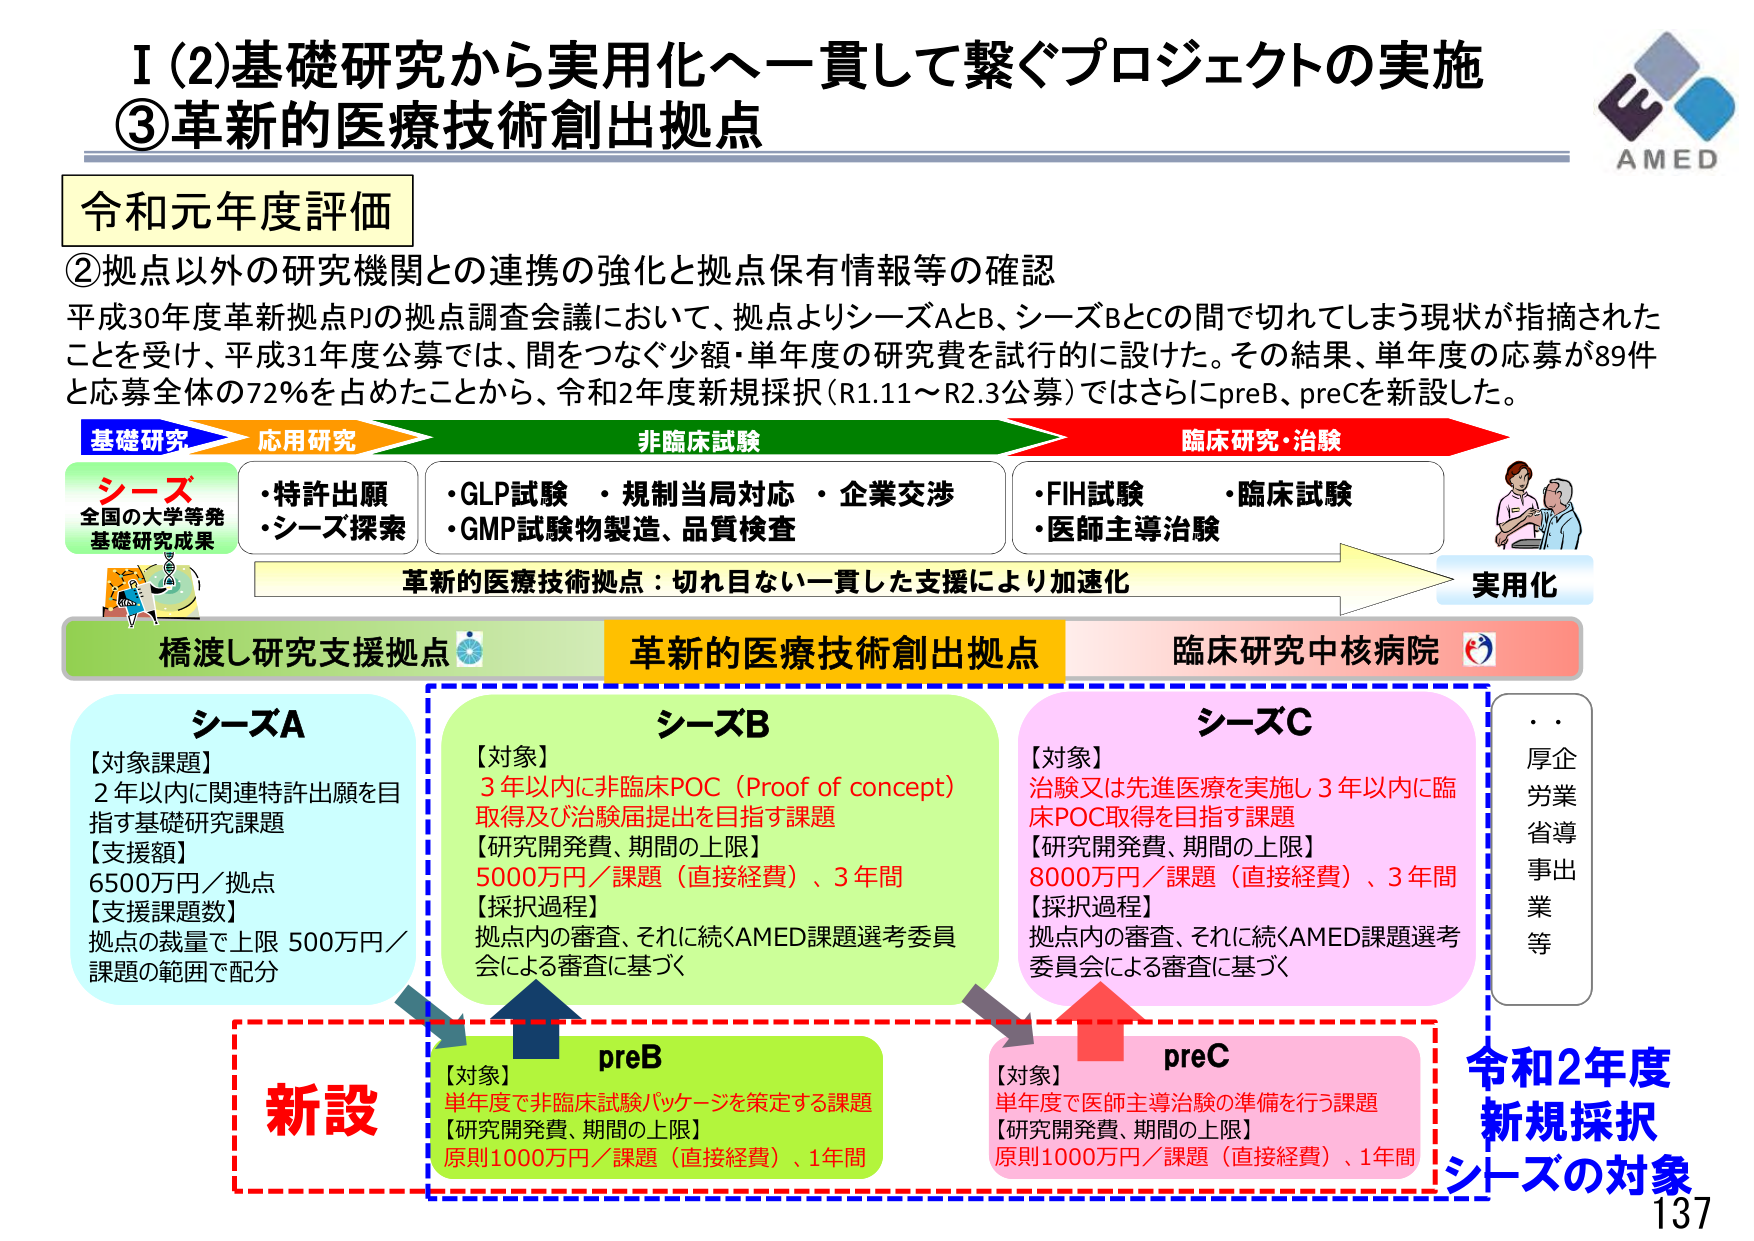
I (2) 基礎研究から実用化へ一貫して繋ぐプロジェクトの実施
③ 革新的医療技術創出拠点

AMED

令和元年度評価

② 拠点以外の研究機関との連携の強化と拠点保有情報等の確認
平成30年度革新拠点PJの拠点調査会議において、拠点よりシーズAとB、シーズBとCの間で切れてしまう現状が指摘されたことを受け、平成31年度公募では、問をつなぐ少額・単年度の研究費を試行的に設けた。その結果、単年度の応募が89件と応募全体の72％を占めたことから、令和2年度新規採択（R1.11～R2.3公募）ではさらにpreB、preCを新設した。

基礎研究 → 応用研究 → 非臨床試験 → 臨床研究・治験 → 実用化

シーズ
全国の大学等発
基礎研究成果

・特許出願
・シーズ探索

・GLP試験
・規制当局対応
・企業交渉
・GMP試験物製造、品質検査

・FIH試験
・臨床試験
・医師主導治験

革新的医療技術拠点：切れ目ない一貫した支援により加速化

橋渡し研究支援拠点
革新的医療技術創出拠点
臨床研究中核病院

シーズA
【対象課題】
2年以内に関連特許出願を目指す基礎研究課題
【支援額】
6500万円／拠点
【支援課題数】
拠点の裁量で上限 500万円／課題の範囲で配分

シーズB
【対象】
3年以内に非臨床POC（Proof of concept）取得及び治験届提出を目指す課題
【研究開発費、期間の上限】
5000万円／課題（直接経費）、3年間
【採択過程】
拠点内の審査、それに続くAMED課題選考委員会による審査に基づく

シーズC
【対象】
治験又は先進医療を実施し3年以内に臨床POC取得を目指す課題
【研究開発費、期間の上限】
8000万円／課題（直接経費）、3年間
【採択過程】
拠点内の審査、それに続くAMED課題選考委員会による審査に基づく

新設
preB
【対象】
単年度で非臨床試験パッケージを策定する課題
【研究開発費、期間の上限】
原則1000万円／課題（直接経費）、1年間

preC
【対象】
単年度で医師主導治験の準備を行う課題
【研究開発費、期間の上限】
原則1000万円／課題（直接経費）、1年間

令和2年度
新規採択
シーズの対象

・厚企
・労業
・省導
・事出
・業等

137